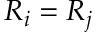
R _ { i } = R _ { j }